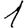
Digit: 1